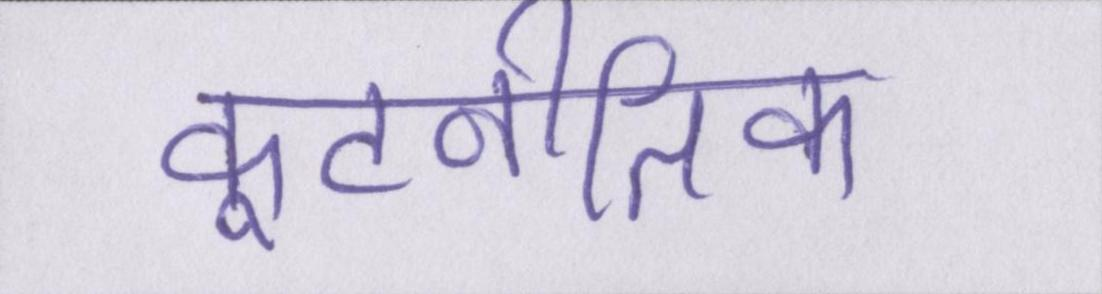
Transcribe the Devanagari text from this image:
कूटनीतिक